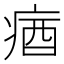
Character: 㾞